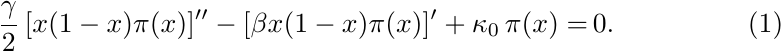
\begin{align}\label{ODEpi_neutralWF}
\frac{\gamma}{2}\,[x(1-x)\pi(x)]'' - [\beta x(1-x)\pi(x)]' +\kappa_0\, \pi(x) =&\,0.
\end{align}